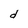
Character: d